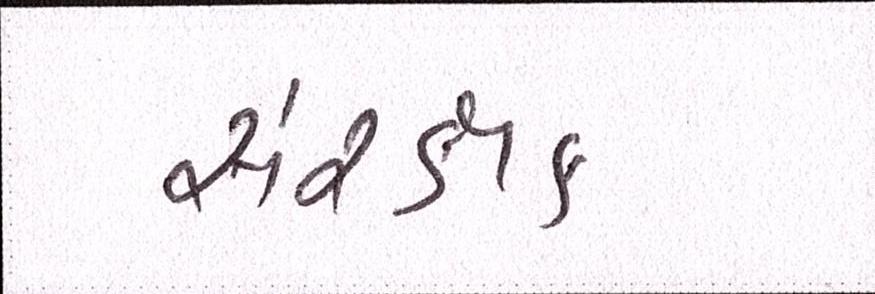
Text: સંરક્ષક